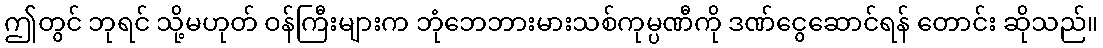
ဤတွင် ဘုရင် သို့မဟုတ် ဝန်ကြီးများက ဘုံဘေဘားမားသစ်ကုမ္ပဏီကို ဒဏ်ငွေဆောင်ရန် တောင်း ဆိုသည်။